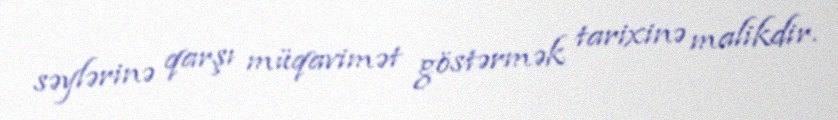
səylərinə qarşı müqavimət göstərmək tarixinə malikdir.